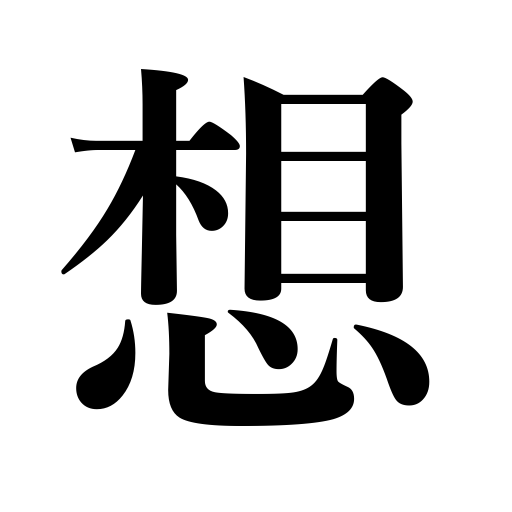
Meanings: thought,idea,conception